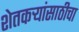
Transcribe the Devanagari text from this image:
शेतकर्‍यांसाठीचा